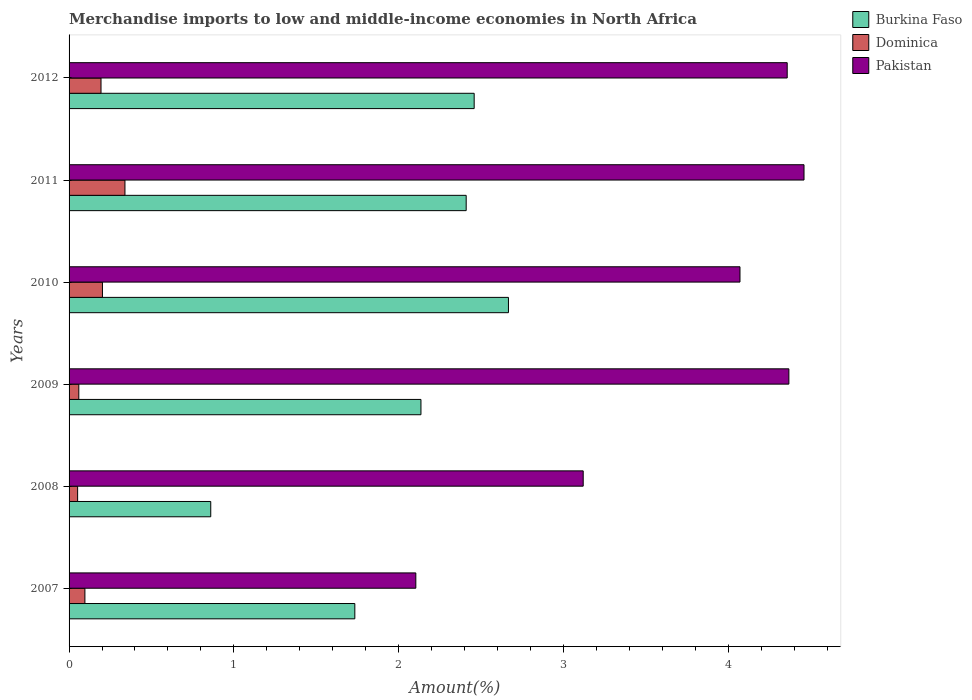
| Years | Burkina Faso | Dominica | Pakistan |
 | --- | --- | --- | --- |
 | 2007 | 1.73 | 0.0961 | 2.1 |
 | 2008 | 0.86 | 0.0519 | 3.12 |
 | 2009 | 2.14 | 0.0591 | 4.37 |
 | 2010 | 2.67 | 0.203 | 4.07 |
 | 2011 | 2.41 | 0.339 | 4.46 |
 | 2012 | 2.46 | 0.194 | 4.36 |